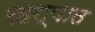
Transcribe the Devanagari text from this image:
रहस्यात